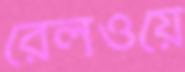
রেলওয়ে